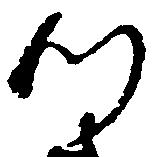
つ